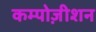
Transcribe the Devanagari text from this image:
कम्पोज़ीशन